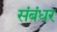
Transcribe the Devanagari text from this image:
संबंधर